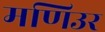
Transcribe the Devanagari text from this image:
मणिउर